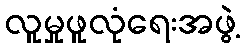
လူမှုဖူလုံရေးအဖွဲ့